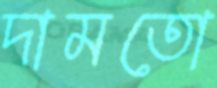
দামতো